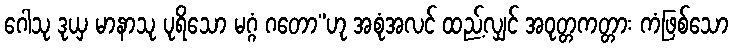
ဂေါသု ဒုယှ မာနာသု ပုရိသော မဂ္ဂံ ဂတော”ဟု အစုံအလင် ထည့်လျှင် အဝုတ္တကတ္တား ကံဖြစ်သော